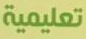
تعليمية